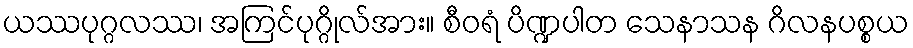
ယဿပုဂ္ဂလဿ၊ အကြင်ပုဂ္ဂိုလ်အား။ စီဝရံ ပိဏ္ဍပါတ သေနာသန ဂိလနပစ္စယ